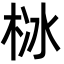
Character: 栤